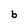
Character: 6